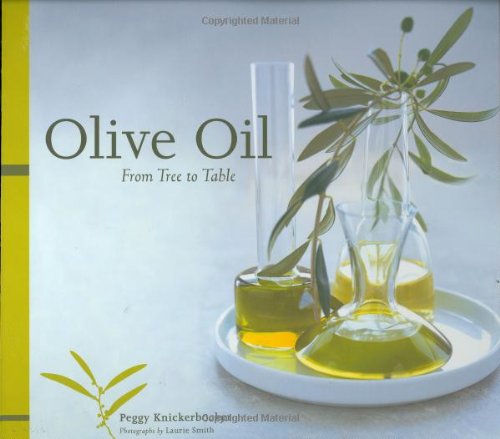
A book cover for Olive Oil: From Tree to Table; Peggy Knickerbocker; Cookbooks, Food & Wine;